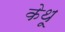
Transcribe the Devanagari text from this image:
केथू